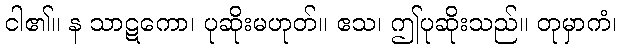
ငါ၏။ န သာဋကော၊ ပုဆိုးမဟုတ်။ ဧသ၊ ဤပုဆိုးသည်။ တုမှာကံ၊